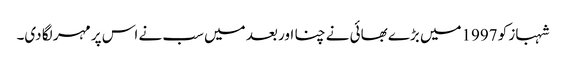
شہباز کو 1997میں بڑے بھائی نے چنا اور بعد میں سب نے اس پر مہر لگا دی۔